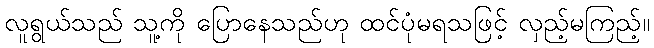
လူရွယ်သည် သူ့ကို ပြောနေသည်ဟု ထင်ပုံမရသဖြင့် လှည့်မကြည့်။